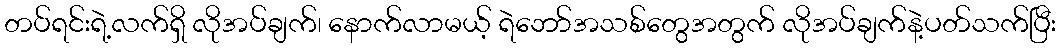
တပ်ရင်းရဲ့လက်ရှိ လိုအပ်ချက်၊ နောက်လာမယ့် ရဲဘော်အသစ်တွေအတွက် လိုအပ်ချက်နဲ့ပတ်သက်ပြီး